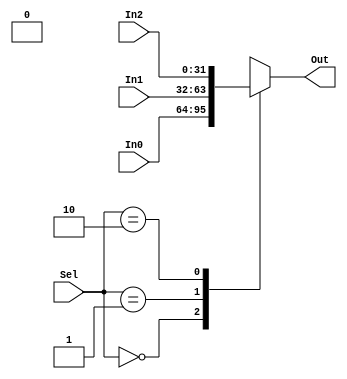
module mux_ShiftReg(Out,Sel,In0,In1,In2); 

input [31:0] In0,In1,In2; //entradas de 32 bits
input [1:0] Sel; //seletor de 3 bits
output [31:0] Out; //saida de 32 bits

reg [31:0] Out; 

//Check the state of the input lines 

always @ (In0 or In1 or In2 or Sel) 

begin 

 case (Sel) 

  2'b00 : Out = In0; 

  2'b01 : Out = In1; 

  2'b10 : Out = In2; 

  default : Out = 31'bx; 

  //If input is undefined then output is undefined 

 endcase 

end  

endmodule